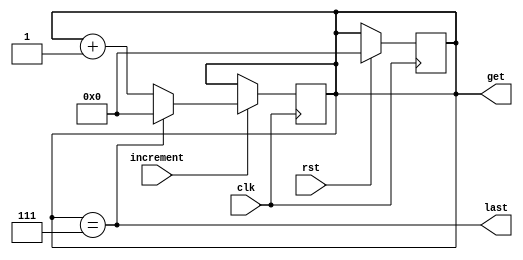

`ifndef INDEXER_MODULE
`define INDEXER_MODULE

module indexer #(parameter SIZE = 8
				 )(input                       clk,
				   input 					   rst,
				   input 					   increment,
				   output reg [$clog2(SIZE):0] get,
				   output 					   last); 


   wire 									   last_wire = get == SIZE - 1;
   
   assign last = last_wire;

   always @(posedge clk) if (rst) get <= 0;

   always @(posedge clk)
	 if (increment)
	   if (last_wire)
		  get <= 0;
		else
		  get = get + 1;
  
endmodule	 

`endif